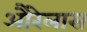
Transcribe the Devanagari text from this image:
औरेलास